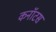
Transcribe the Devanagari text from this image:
कनॉटस